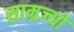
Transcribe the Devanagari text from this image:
साम्रज्यों